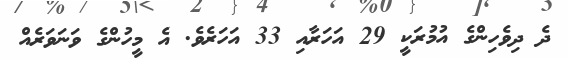
ދެ ދިވެހިންގެ އުމުރަކީ 29 އަހަރާއި 33 އަހަރެވެ. އެ މީހުންގެ ވަނަވަރެއް